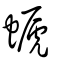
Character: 螔